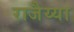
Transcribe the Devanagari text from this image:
राजैय्या